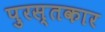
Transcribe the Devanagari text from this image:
पुरस्तकार